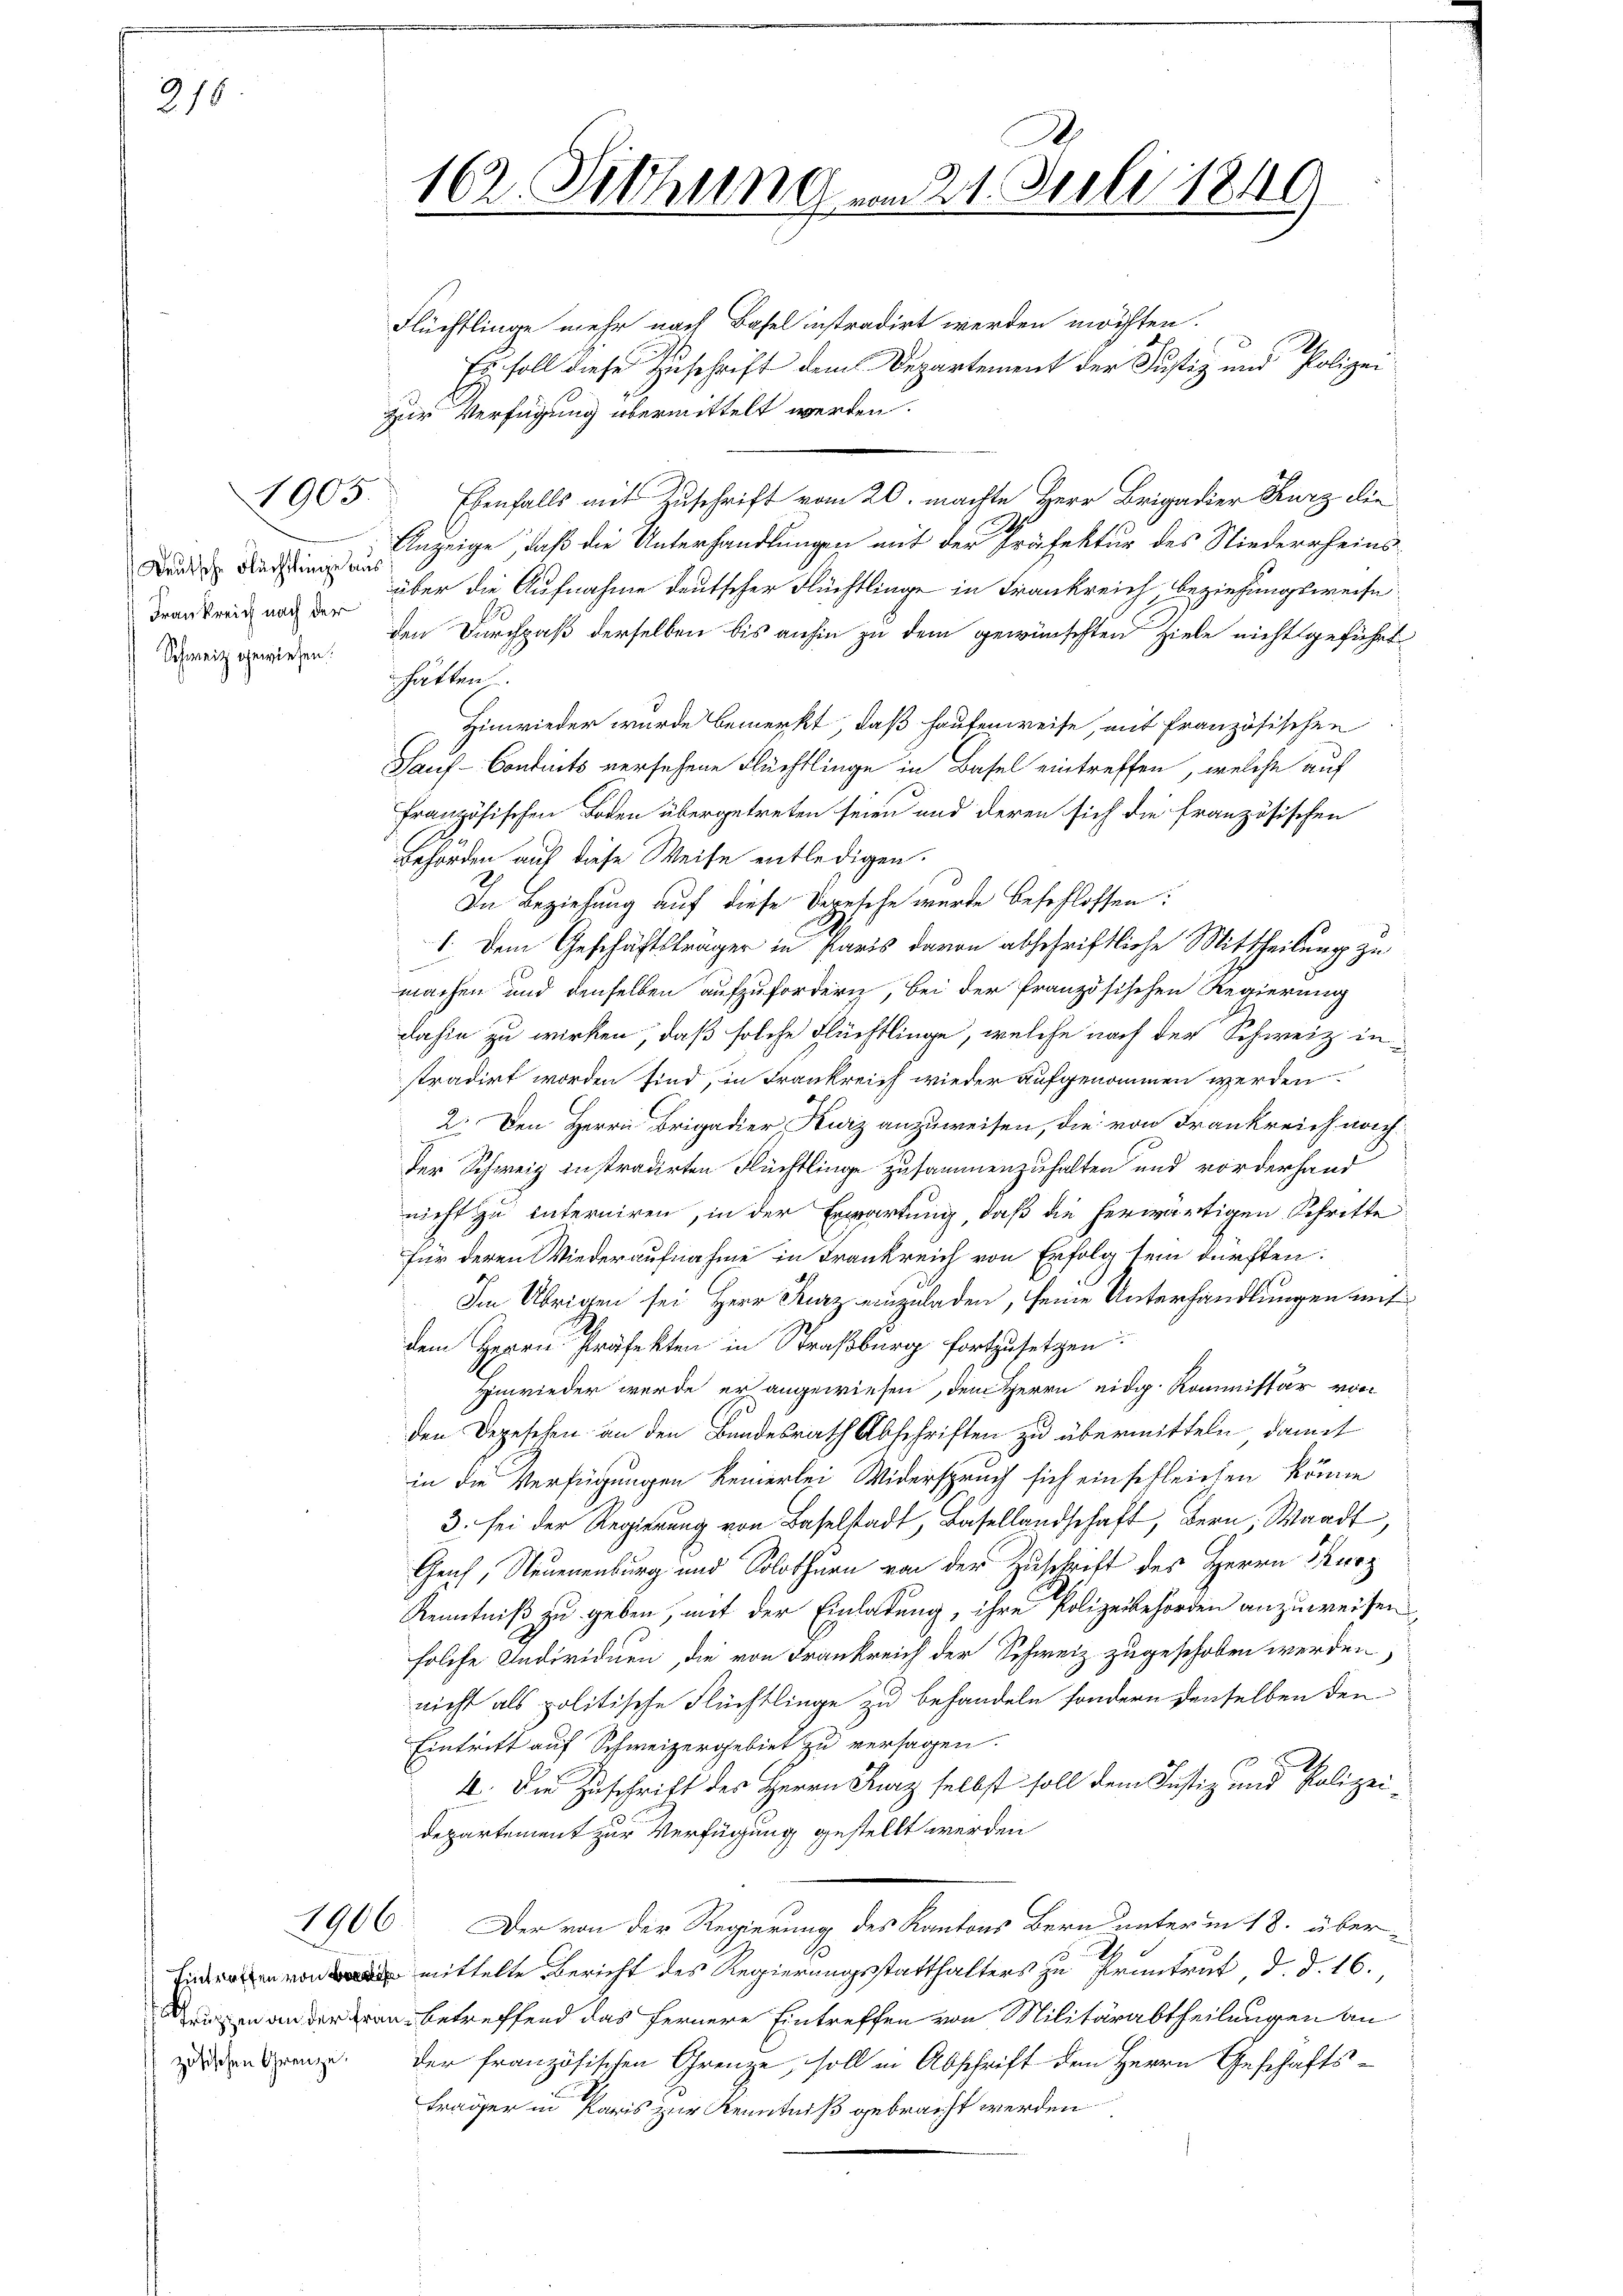
215

Deutsche Flächtlinge aus
Frankreich nach der
Schweiz gewiesen.

1905.

102. Sitzung vom 21. Juli 1849
1

Flüchtlinge mehr nach Basel instradirt werden möchten.
Es soll diese Zuschrift dem Departement der Justiz und Polizei
zur Verfügung übermittelt werden.
Ebenfalls mit Zuschrift vom 20. machte Herr Brigadier Kurz die
Anzeige, daß die Unterhandlungen mit der Präfektur des Niederrheins-
über die Aufnahme deutscher Flüchtlinge in Frankreich, beziehungsweise
den Durchpaß derselben bis anhin zu dem gewünschten Ziele nicht geführt
hätten
Hinwieder wurde bemerkt, daß Haufenweise, mit französischen
Pauf-Contints versehene Flüchtlinge in Basel eintreffen, welche auf
französischen Boden übergetreten seien und deren sich die französischen
Behörden aus diese Weise entledigen.
In Beziehung auf diese Versche wurde beschlossen:
1. Dem Geschäftsträger in Paris davon abschriftliche Mittheilung zu
machen und denselben aufzufordern, bei der französischen Regierung
dahin zu wirken, daß solche Flüchtlinge, welche nach der Schweiz in
stradirt worden sind, in Frankreich wieder aufgenommen werden
2. Den Herrn Brigadier, Kurz anzuweisen, die von Frankreich nach¬
Der Schweiz instradirten Flüchtlinge zusammenzuhalten und vorderhand
nicht zu interniren, in der Erwartung, daß die herwärtigen Schritte
für deren Wiederaufnahme in Frankreich von Erfolg sein dürften:
Im Übrigen sei Herr Kurz einzuladen, seine Unterhandlungen mit
dem Herrn Präfekten in Straßburg fortzusetzen.
Hinwieder werde erhangewiesen, dem Herrn eidg. Kommissär von
den Degesehen an den Bundesrath Abschriften zu übermitteln, damit
in die Verfügungen keinerlei Widerspruch sich einschleichen könne
3. sei der Regierung von Baselstadt, Basellandschaft, Bern Waadt,
Genf, Neuenenburg und Solothurn von der Zuschrift des Herrn Kurz
Kenntniß zu geben, mit der Einladung, ihre Polizeibehörden anzuweisen
folche Individuen, die von Frankreich der Schweiz zugeschoben werden,
nicht als politische Flüchtlinge zu behandeln, sondern denselben den
Eintritt auf Schweizergebiet zu versagen.
4. Die Zuschrift des Herrn Kurz selbst soll dem Justiz- und Polizei-
departement zur Verfügung gestellt werden
1906. Der von der Regierung des Kantons Bern unterm 18. über-
 mittelte Bericht des Regierungsstatthalters zu Pruntrut, d. d. 16.,
ruhen an der Frau betreffend das fernere Eintreffen von Militärabtheilungen an
zirenden. Der französischen Grenze, soll in Abschrift dem Herrn Geschäfts¬
Frager in Paris zur Kenntniß gebracht werden